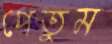
পেতুম